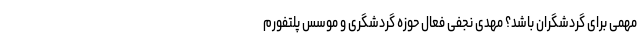
مهمی برای گردشگران باشد؟ مهدی نجفی فعال حوزه گردشگری و موسس پلتفورم